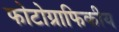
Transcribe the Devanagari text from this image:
फोटोग्राफिकीय